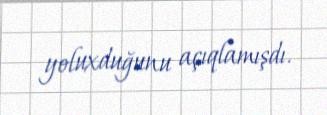
yoluxduğunu açıqlamışdı.